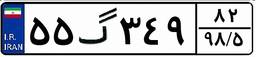
۵۵گ۳۴۹۸۲